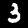
Label: 3